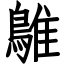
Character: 鵻